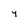
Character: 7